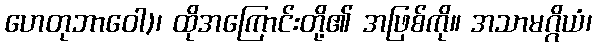
ဟေတုဘာဝေါ)၊ ထိုအကြောင်းတို့၏ အဖြစ်ကို။ အသာမဂ္ဂိယံ၊